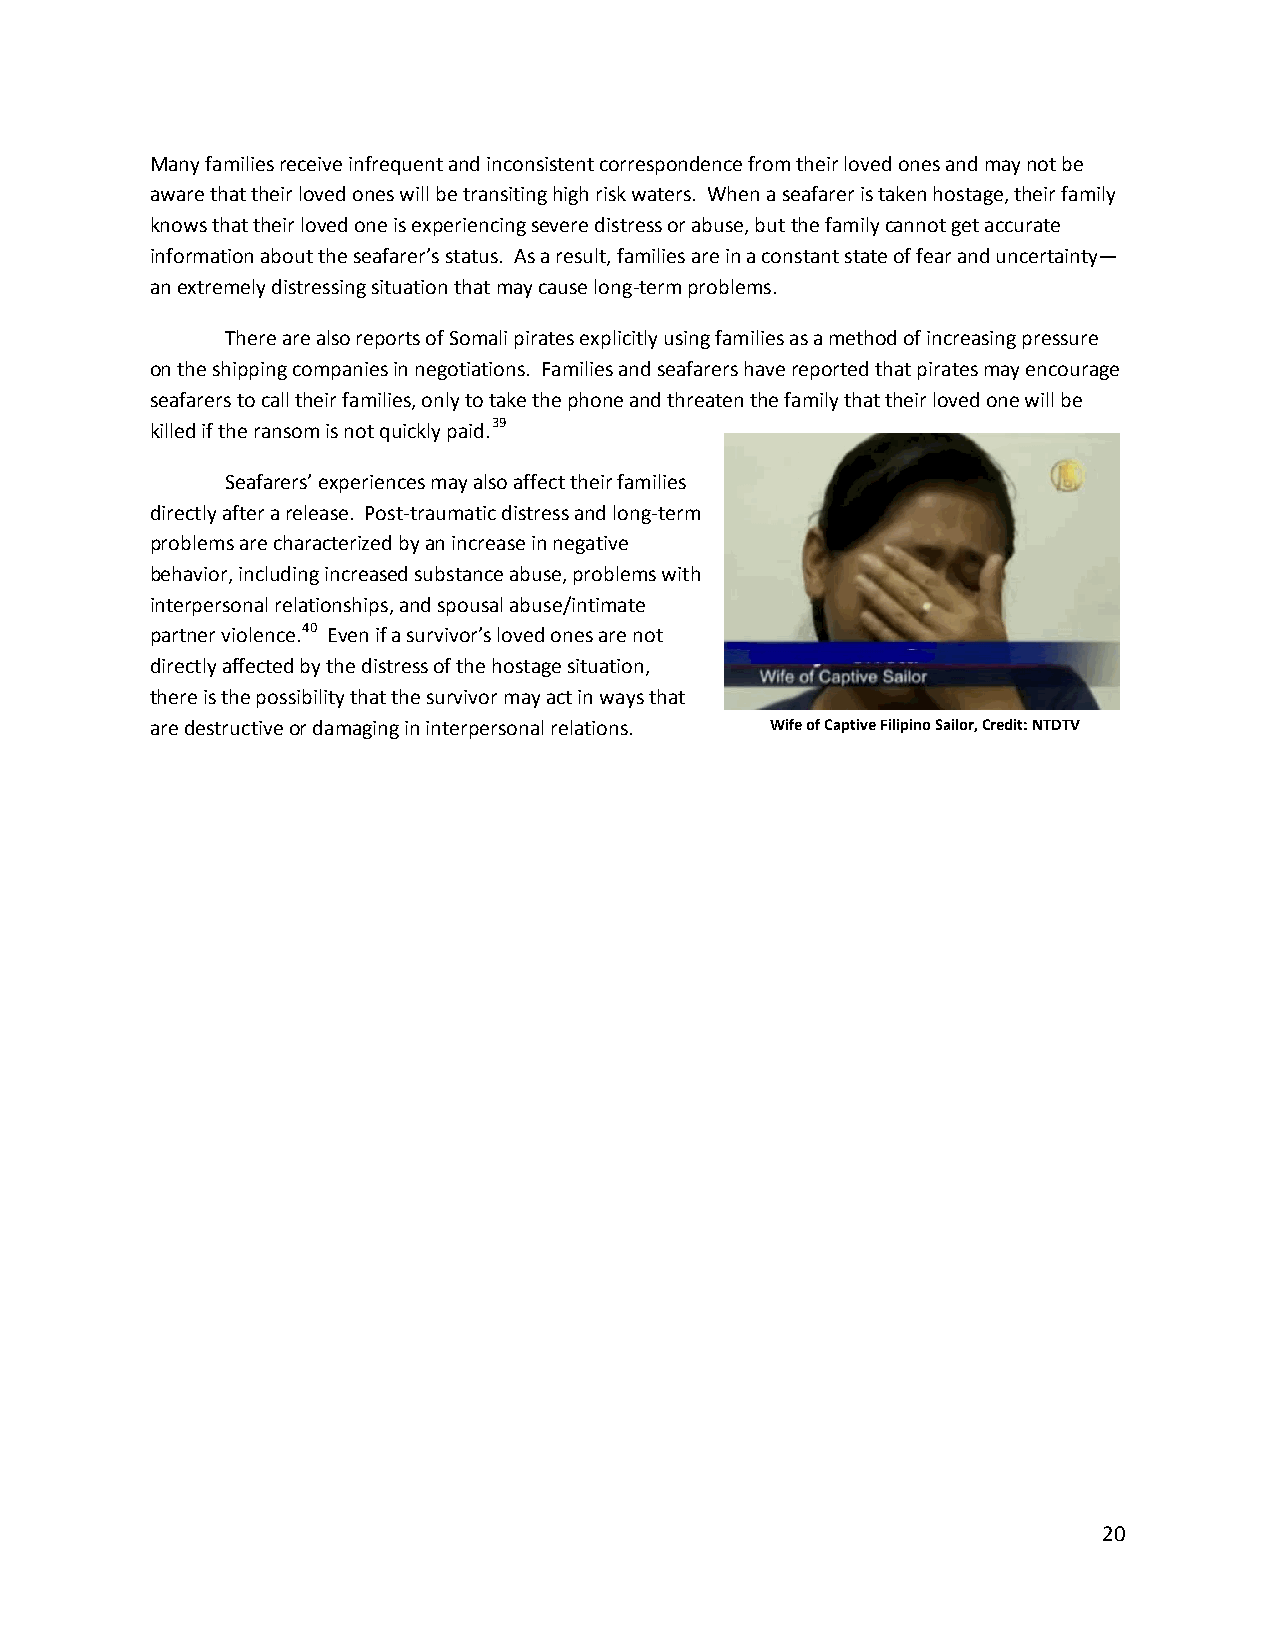
Many families receive infrequent and inconsistent correspondence from their loved ones and may not be
 aware that their loved ones will be transiting high risk waters. When a seafarer is taken hostage, their family
 knows that their loved one is experiencing severe distress or abuse, but the family cannot get accurate
 information about the seafarer’s status. As a result, families are in a constant state of fear and uncertainty—
 an extremely distressing situation that may cause long-term problems.
 There are also reports of Somali pirates explicitly using families as a method of increasing pressure
 on the shipping companies in negotiations. Families and seafarers have reported that pirates may encourage
 seafarers to call their families, only to take the phone and threaten the family that their loved one will be
 killed if the ransom is not quickly paid.39
 Seafarers’ experiences may also affect their families
 directly after a release. Post-traumatic distress and long-term
 problems are characterized by an increase in negative
 behavior, including increased substance abuse, problems with
 interpersonal relationships, and spousal abuse/intimate
 partner violence.40 Even if a survivor’s loved ones are not
 directly affected by the distress of the hostage situation,
 there is the possibility that the survivor may act in ways that
 are destructive or damaging in interpersonal relations. Wife of Captive Filipino Sailor, Credit: NTDTV
 20